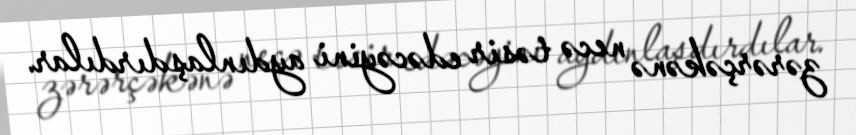
zərərçəkənə necə təsir edəcəyini aydınlaşdırdılar.